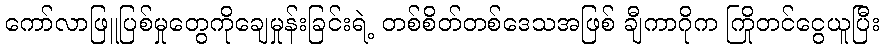
ကော်လာဖြူပြစ်မှုတွေကိုချေမှုန်းခြင်းရဲ့ တစ်စိတ်တစ်ဒေသအဖြစ် ချီကာဂိုက ကြိုတင်ငွေယူပြီး